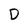
Character: D